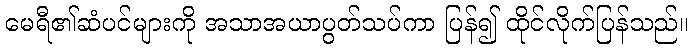
မေရီ၏ဆံပင်များကို အသာအယာပွတ်သပ်ကာ ပြန်၍ ထိုင်လိုက်ပြန်သည်။